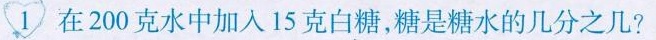
1在200克水中加入15克白糖，糖是糖水的几分之几?